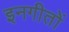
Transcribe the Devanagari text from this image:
इनगीतों